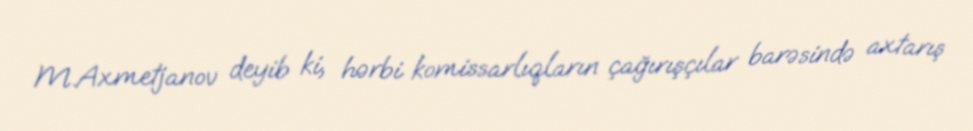
M.Axmetjanov deyib ki, hərbi komissarlıqların çağırışçılar barəsində axtarış